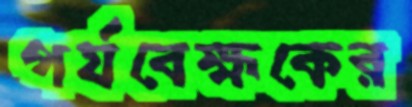
পর্যবেক্ষকের